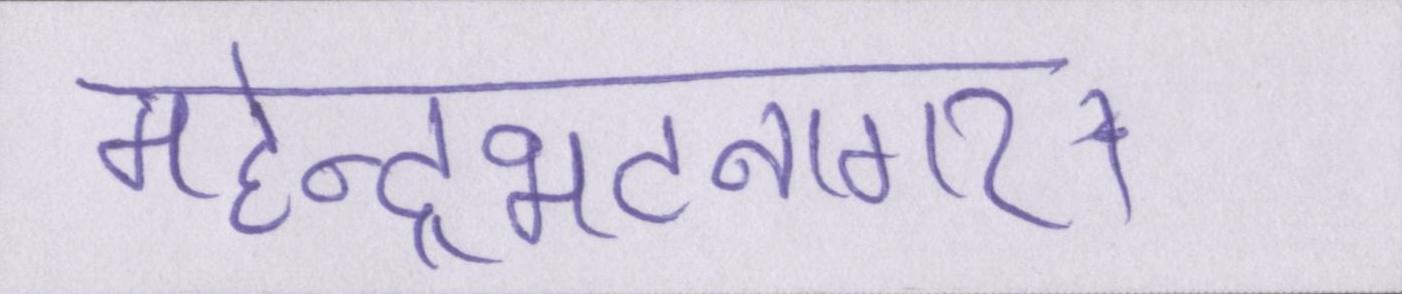
महेन्द्रभटनागर